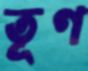
তূণ